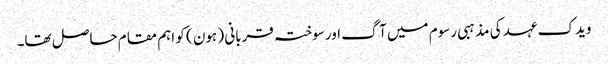
ویدک عہد کی مذہبی رسوم میں آگ اور سوختہ قربانی ( ہون ) کو اہم مقام حاصل تھا۔